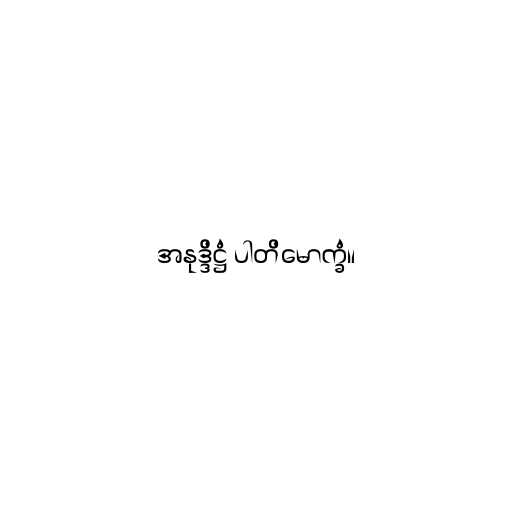
အနုဒ္ဒိဋ္ဌံ ပါတိမောက္ခံ။